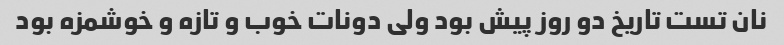
نان تست تاریخ دو روز پیش بود ولی دونات خوب و تازه و خوشمزه بود